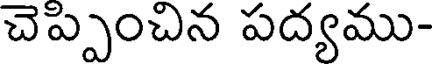
చెప్పించిన పద్యము-